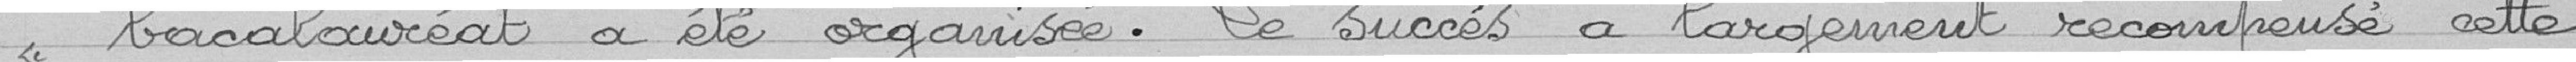
"baccalauréat a été organisé. Le succès a largement récompensé cette